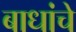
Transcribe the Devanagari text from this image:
बाधांचे